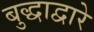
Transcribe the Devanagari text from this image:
बुद्धाद्वारे